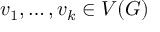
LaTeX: v _ { 1 } , \ldots , v _ { k } \in V ( G )